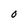
Character: 0